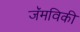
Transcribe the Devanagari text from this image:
जॅमविकी